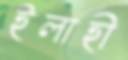
ইলাহী